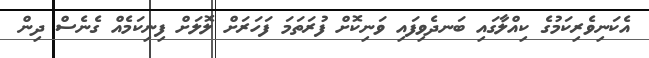
އެކަނިވެރިކަމުގެ ކިއްލާގައި ބަނދެވިފައި ވަނިކޮށް ފުރަތަމަ ފަހަރަށް ލޮލަށް ފިނިކަމެއް ގެނެސް ދިން